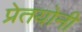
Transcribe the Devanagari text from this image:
प्रेतयोनी